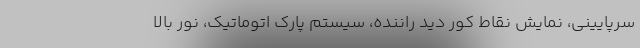
سرپایینی، نمایش نقاط کور دید راننده، سیستم پارک اتوماتیک، نور بالا